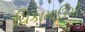
ચિકામાઉગો